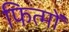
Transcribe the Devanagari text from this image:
फित्मों